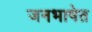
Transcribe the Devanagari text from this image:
जनभाषेत